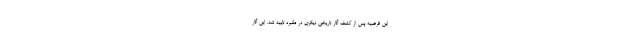
این فرضیه پس از کشف آثار تاریخی دیگری در مقبره تایید شد. این آثار